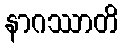
နာဂဿာတိ